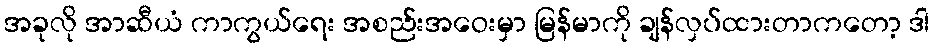
အခုလို အာဆီယံ ကာကွယ်ရေး အစည်းအဝေးမှာ မြန်မာကို ချန်လှပ်ထားတာကတော့ ဒါ